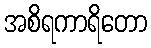
အစိရကာရိတော